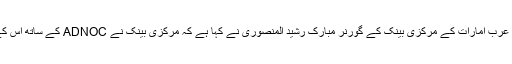
متحدہ عرب امارات کے مرکزی بینک کے گورنر مبارک رشید المنصوری نے کہا ہے کہ مرکزی بینک نے ADNOC کے ساتھ اس کے ان۔